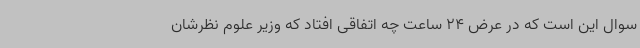
سوال این است که در عرض 24 ساعت چه اتفاقی افتاد که وزیر علوم نظرشان